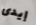
إيدى